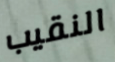
النقيب